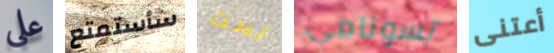
على سأستمتع لست تسونامي أعتنى